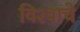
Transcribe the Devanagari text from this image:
विश्‍वाचे